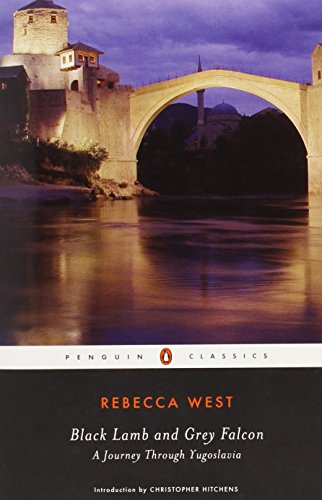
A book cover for Black Lamb and Grey Falcon (Penguin Classics); Rebecca West; Travel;